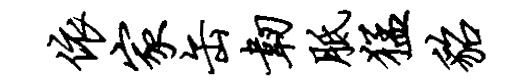
依家缶韧胝猛貂